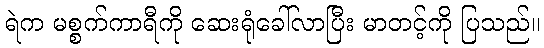
ရဲက မစ္စက်ကာရီကို ဆေးရုံခေါ်လာပြီး မာတင့်ကို ပြသည်။